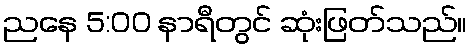
ညနေ 5:00 နာရီတွင် ဆုံးဖြတ်သည်။